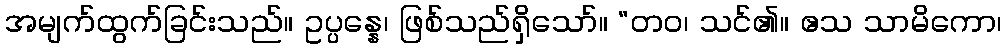
အမျက်ထွက်ခြင်းသည်။ ဥပ္ပန္နေ၊ ဖြစ်သည်ရှိသော်။ “တဝ၊ သင်၏။ ဧသ သာမိကော၊